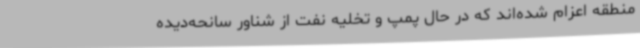
منطقه اعزام شده‌اند که در حال پمپ و تخلیه نفت از شناور سانحه‌دیده